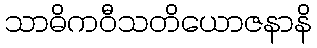
သာဓိကဝီသတိယောဇနာနိ